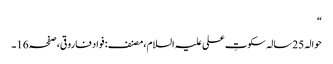
“
حوالہ 25سالہ سکوتِ علی علیہ السلام،مصنف: فواد فاروقی،صفحہ16۔